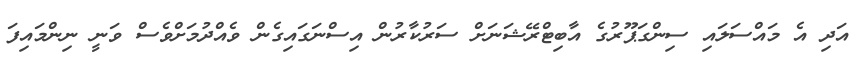
އަދި އެ މައްސަލައި ސިންގަޕޫރުގެ އާބިޓްރޭޝަނަށް ސަރުކާރުން އިސްނަގައިގެން ވެއްދުމަށްވެސް ވަނީ ނިންމައިފަ